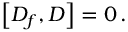
\left[ D _ { f } , D \right] = 0 \, .